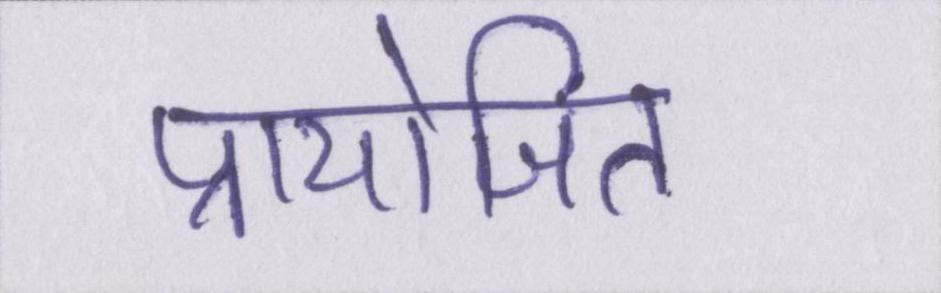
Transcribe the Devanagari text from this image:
प्रायोजित